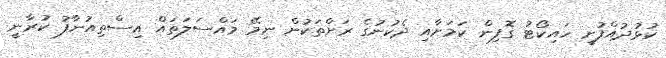
ކުޅުދުއްފުށީ ހައިކޯޓު ގޮފިން ކަމަށާއި ދެކުނުގެ ރަށްތަކުން ނިމޭ މައްސަލަތައް އިސްތިއުނާފު ކުރާނީ